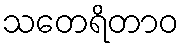
သတေရိတာဝ